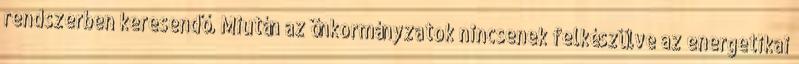
rendszerben keresendő. Miután az önkormányzatok nincsenek felkészülve az energetikai